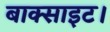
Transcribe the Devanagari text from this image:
बाक्साइट।